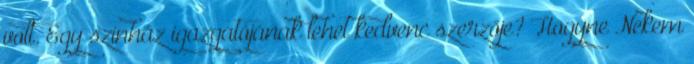
volt. Egy színház igazgatójának lehet kedvenc szerzője? Hogyne Nekem